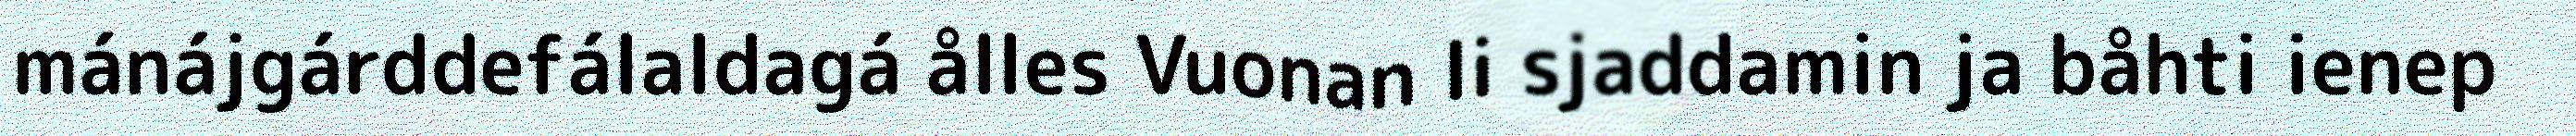
mánájgárddefálaldagá ålles Vuonan li sjaddamin ja båhti ienep